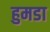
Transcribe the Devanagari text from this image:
हुमडा